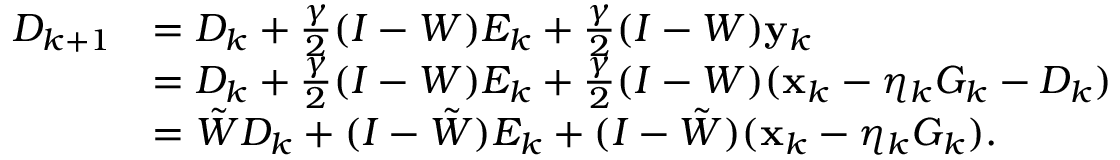
\begin{array} { r l } { { D } _ { k + 1 } } & { = { D } _ { k } + \frac { \gamma } { 2 } ( I - W ) E _ { k } + \frac { \gamma } { 2 } ( I - W ) \mathbf { y } _ { k } } \\ & { = { D } _ { k } + \frac { \gamma } { 2 } ( I - W ) E _ { k } + \frac { \gamma } { 2 } ( I - W ) ( \mathbf { x } _ { k } - \eta _ { k } G _ { k } - { D } _ { k } ) } \\ & { = \tilde { W } { D } _ { k } + ( I - \tilde { W } ) E _ { k } + ( I - \tilde { W } ) ( \mathbf { x } _ { k } - \eta _ { k } G _ { k } ) . } \end{array}